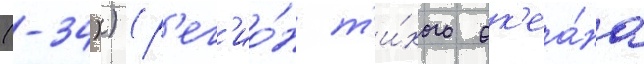
(-34)) (р'ег'ио́н т'и́хого ок'еа́на